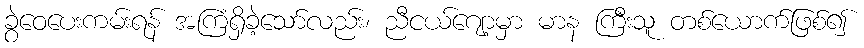
ခွဲဝေပေးကမ်းရန် အကြံရှိခဲ့သော်လည်း၊ ညီငယ်ဂျော့မှာ မာန ကြီးသူ တစ်ယောက်ဖြစ်၍